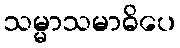
သမ္မာသမာဓိပေ